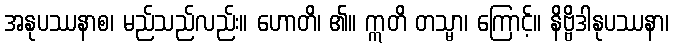
အနုပဿနာစ၊ မည်သည်လည်း။ ဟောတိ၊ ၏။ ဣတိ တသ္မာ၊ ကြောင့်။ နိဗ္ဗိဒါနုပဿနာ၊